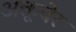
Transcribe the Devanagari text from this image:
अक्तूबेर